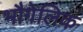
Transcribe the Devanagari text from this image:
भौगेलिक